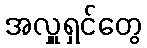
အလှူရှင်တွေ